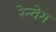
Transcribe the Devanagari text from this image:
रेन्वेग